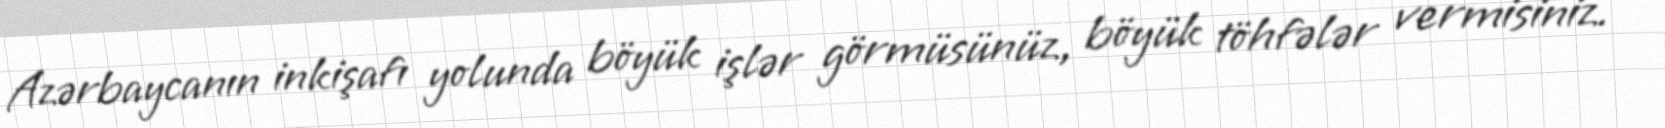
Azərbaycanın inkişafı yolunda böyük işlər görmüsünüz, böyük töhfələr vermisiniz.